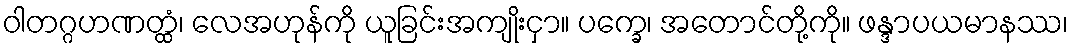
ဝါတဂ္ဂဟဏတ္ထံ၊ လေအဟုန်ကို ယူခြင်းအကျိုးငှာ။ ပက္ခေ၊ အတောင်တို့ကို။ ဖန္ဒာပယမာနဿ၊